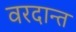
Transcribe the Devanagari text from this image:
वरदान्त